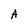
Character: A